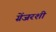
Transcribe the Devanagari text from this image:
ग्रेंजरशी